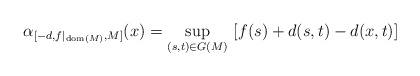
\begin{align*}\alpha_{[-d,f|_{\mathrm{dom}(M)},M]}(x)=\sup_{(s,t)\in G(M)}\ [f(s)+d(s,t)-d(x,t)]\end{align*}